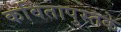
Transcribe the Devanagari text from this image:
कवितापुस्तके